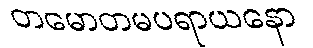
တမောတမပရာယနော